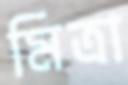
মিত্রা